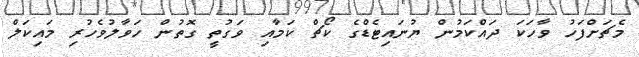
މެޗަށްފަހު ވާހަކަ ދައްކަމުން ޔުނައިޓެޑްގެ ކޯޗް ކަމާއި ވަގުތީ ގޮތުން ހަވާލުވެހުރި މައިކަލް